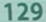
129